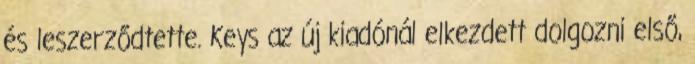
és leszerződtette. Keys az új kiadónál elkezdett dolgozni első,